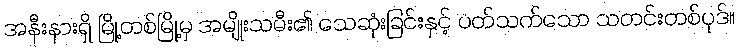
အနီးနားရှိ မြို့တစ်မြို့မှ အမျိုးသမီး၏ သေဆုံးခြင်းနှင့် ပတ်သက်သော သတင်းတစ်ပုဒ်။